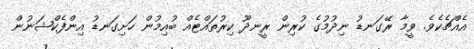
އެއްޗެކެވެ. ވީމާ ރޭގަނޑު ނިދުމުގެ ކުރިން ރީނދޫ ކިރުތައްޓެއް ބުއިމުން ހަށިގަނޑު އިންފެކްޝަނުން